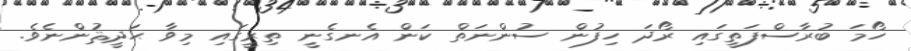
ހޯމަ ބުރާސްފަތީގައި ރޯދަ ހިފުން ސުންނަތް ކަން އެނގެނީ ތިރީގައި މިވާ ޙަދީޘުންނެވެ.